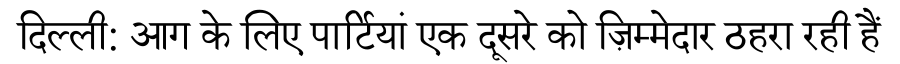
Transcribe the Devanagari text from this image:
दिल्ली: आग के लिए पार्टियां एक दूसरे को ज़िम्मेदार ठहरा रही हैं